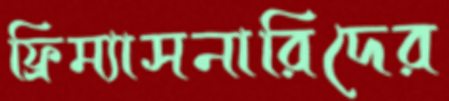
ফ্রিম্যাসনারিদের